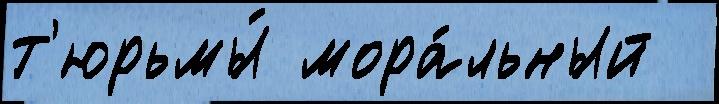
т'юрьмы́ мора́льный